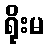
ရိုးမ